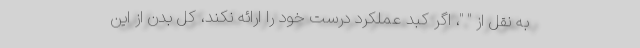
به نقل از " "، اگر کبد عملکرد درست خود را ارائه نکند، کل بدن از این